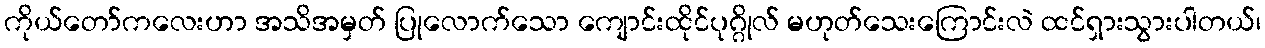
ကိုယ်တော်ကလေးဟာ အသိအမှတ် ပြုလောက်သော ကျောင်းထိုင်ပုဂ္ဂိုလ် မဟုတ်သေးကြောင်းလဲ ထင်ရှားသွားပါတယ်၊